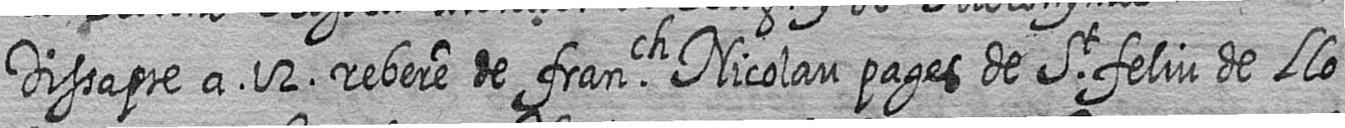
Dissapte a 12 rebere de franch Nicolau pages de St feliu de Llo